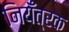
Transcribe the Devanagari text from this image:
नियँत्रक